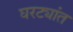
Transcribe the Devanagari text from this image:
घरट्यांत